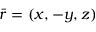
\bar { \boldsymbol { r } } = ( x , - y , z )